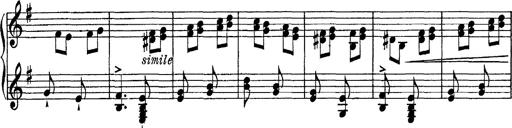
Title: Tarantelle di bravura dâ€™aprÃ¨s la tarantelle de La muette de Portici
Composer: Franz Liszt